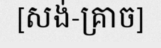
[សង់-គ្រាច]